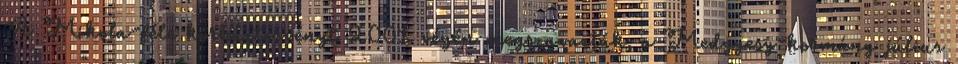
A Mikola-féle kórháztörvényt 2001 végén megszavazták, a Medgyesy-kormány július